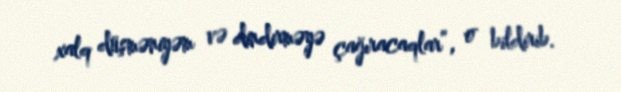
xalq düşməniyəm və dindirməyə çağıracaqlar”, o bildirib.